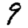
Digit: 9